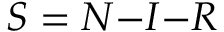
S = N { - } I { - } R